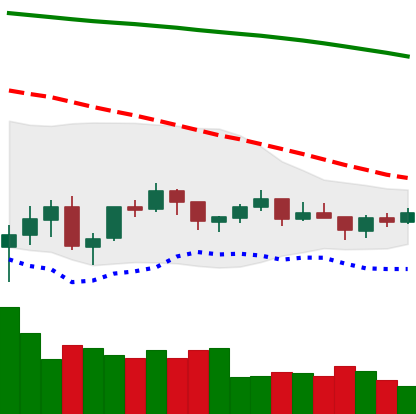
Ticker: BTC-USD
Chart end date: 2021-07-11
Forward return: -8.232%
Label: down_7plus